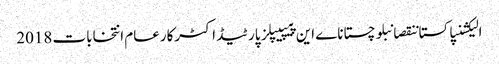
الیکشنپاکستاننقصانبلوچستاناے این پیپیپلز پارٹیڈاکٹرکارعام انتخابات 2018